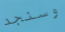
وسنجد